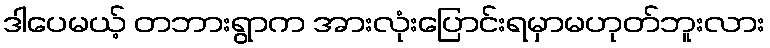
ဒါပေမယ့် တဘားရွာက အားလုံးပြောင်းရမှာမဟုတ်ဘူးလား